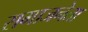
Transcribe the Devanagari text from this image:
समाजनेता